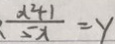
\frac { x ^ { 2 } + 1 } { 5 x } = y